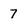
Character: 7